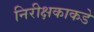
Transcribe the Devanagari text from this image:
निरीक्षकाकडे